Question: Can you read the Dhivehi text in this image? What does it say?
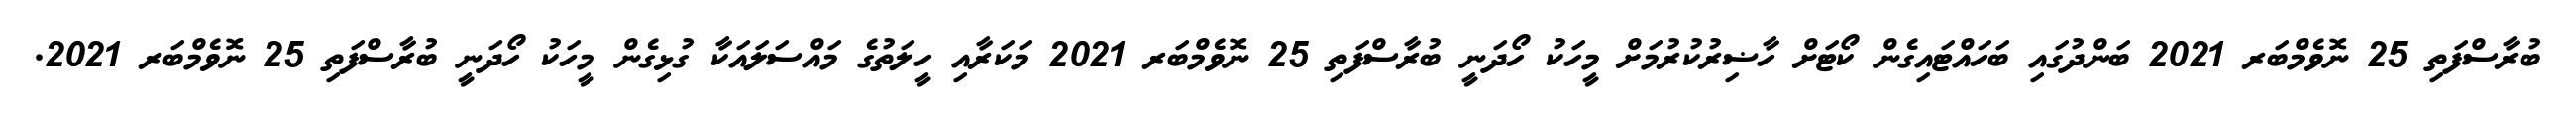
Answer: ބުރާސްފަތި 25 ނޮވެމްބަރ 2021 ބަންދުގައި ބަހައްޓައިގެން ކޯޓަށް ހާޟިރުކުރުމަށް މީހަކު ހޯދަނީ ބުރާސްފަތި 25 ނޮވެމްބަރ 2021 މަކަރާއި ހީލަތުގެ މައްސަލައަކާ ގުޅިގެން މީހަކު ހޯދަނީ ބުރާސްފަތި 25 ނޮވެމްބަރ 2021.